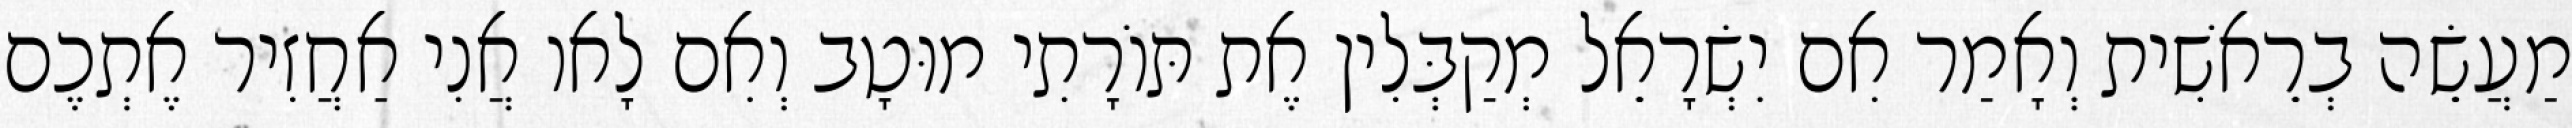
מַעֲשֵׂה בְרֵאשִׁית וְאָמַר אִם יִשְׂרָאֵל מְקַבְּלִין אֶת תּוֹרָתִי מוּטָב וְאִם לָאו אֲנִי אַחֲזִיר אֶתְכֶם